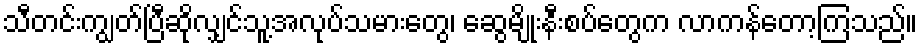
သီတင်းကျွတ်ပြီဆိုလျှင်သူ့အလုပ်သမားတွေ၊ ဆွေမျိုးနီးစပ်တွေက လာကန်တော့ကြသည်။